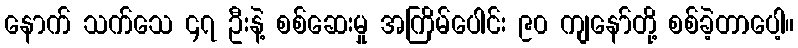
နောက် သက်သေ ၄၇ ဦးနဲ့ စစ်ဆေးမှု အကြိမ်ပေါင်း ၉၀ ကျနော်တို့ စစ်ခဲ့တာပေါ့။